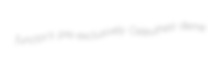
functor's pre-exclusively Celeuthea deme